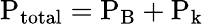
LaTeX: \mathrm{P_{total}=P_{B}+P_{k}}